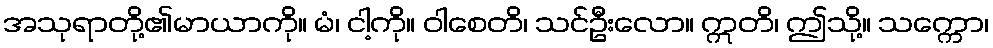
အသုရာတို့၏မာယာကို။ မံ၊ ငါ့ကို။ ဝါစေတိ၊ သင်ဦးလော။ ဣတိ၊ ဤသို့။ သက္ကော၊